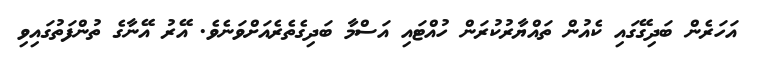
އަހަރެން ބަދިގޭގައި ކެއުން ތައްޔާރުކުރަން ހުއްޓައި އަސްމާ ބަދިގެތެރެއަށްވަނެވެ. އޭރު އޭނާގެ ތުންފަތުގައިވި